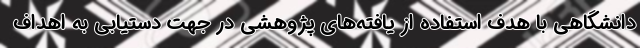
دانشگاهی با هدف استفاده از یافته‌های پژوهشی در جهت دستیابی به اهداف